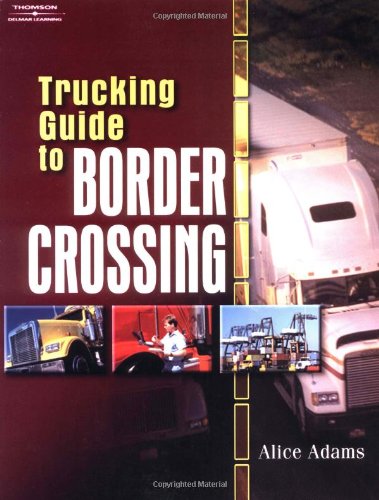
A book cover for Trucking Guide to Border Crossing; Alice Adams; Test Preparation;